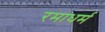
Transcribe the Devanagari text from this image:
रमाधर्म